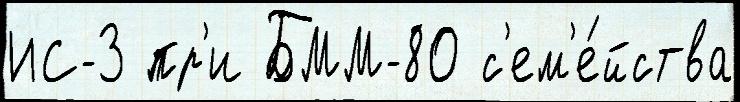
ИС-3 пр'и БММ-80 с'ем'е́йства